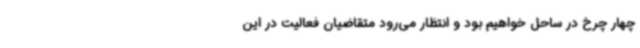
چهار چرخ در ساحل خواهیم بود و انتظار می‌رود متقاضیان فعالیت در این